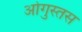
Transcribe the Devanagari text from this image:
ओगुस्तस